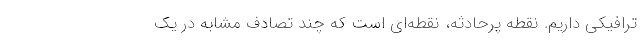
ترافیکی داریم. نقطه پرحادثه، نقطه‌ای است که چند تصادف مشابه در یک